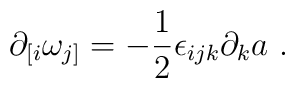
\partial_{[i}\omega_{j]} = -{1\over 2} \epsilon_{ijk} \partial_k a \ .